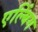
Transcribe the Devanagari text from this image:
एल्बिंग